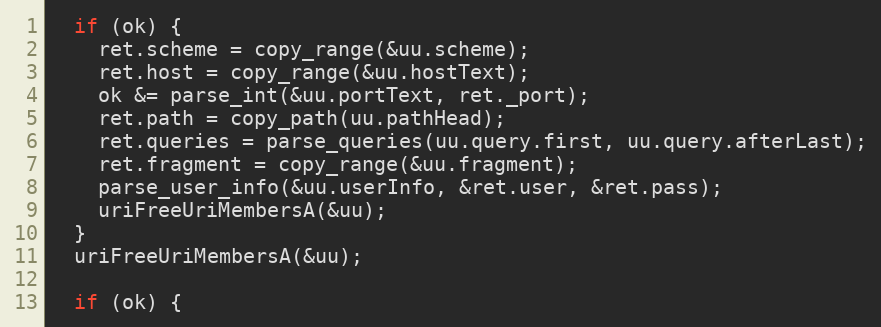
Language: C++
  if (ok) {
    ret.scheme = copy_range(&uu.scheme);
    ret.host = copy_range(&uu.hostText);
    ok &= parse_int(&uu.portText, ret._port);
    ret.path = copy_path(uu.pathHead);
    ret.queries = parse_queries(uu.query.first, uu.query.afterLast);
    ret.fragment = copy_range(&uu.fragment);
    parse_user_info(&uu.userInfo, &ret.user, &ret.pass);
    uriFreeUriMembersA(&uu);
  }
  uriFreeUriMembersA(&uu);

  if (ok) {